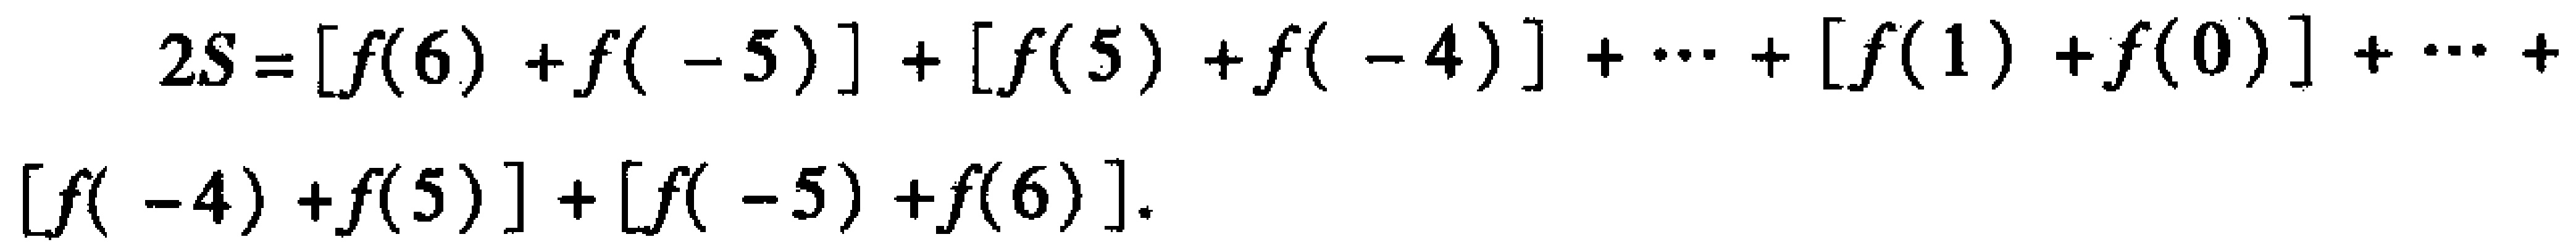
\[
\begin{align*}
2S&=[f(6)+f(-5)]+[f(5)+f(-4)]+\cdots+[f(1)+f(0)]+\cdots+\\
&[f(-4)+f(5)]+[f(-5)+f(6)]
\end{align*}
\]